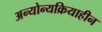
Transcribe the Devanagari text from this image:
अन्योन्यक्रियाहीन